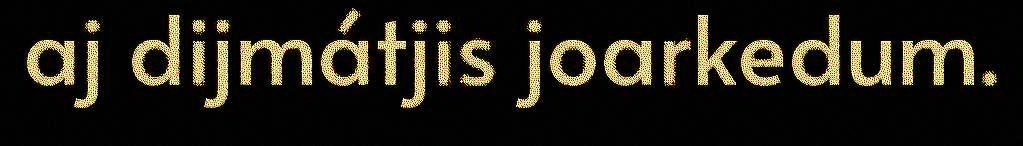
aj dijmátjis joarkedum.